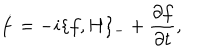
\dot { f } = - i \{ f , H \} _ { - } + { \frac { \partial f } { \partial t } } ,